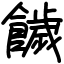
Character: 饖